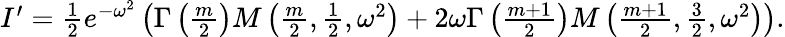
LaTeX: \begin{array}{r}{I^{\prime}=\frac{1}{2}e^{-\omega^{2}}\left(\Gamma\left(\frac{m}{2}\right)M\left(\frac{m}{2},\frac{1}{2},\omega^{2}\right)+2\omega\Gamma\left(\frac{m+1}{2}\right)M\left(\frac{m+1}{2},\frac{3}{2},\omega^{2}\right)\right).}\end{array}